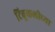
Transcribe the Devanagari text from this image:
टिबुकलीच्‍या